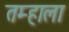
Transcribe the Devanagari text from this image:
तम्हाला